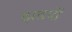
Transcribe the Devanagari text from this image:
झडपों